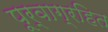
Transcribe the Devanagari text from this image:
पूर्वाग्रहित